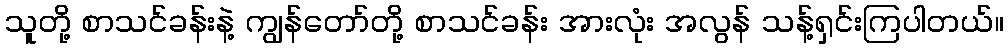
သူတို့ စာသင်ခန်းနဲ့ ကျွန်တော်တို့ စာသင်ခန်း အားလုံး အလွန် သန့်ရှင်းကြပါတယ်။